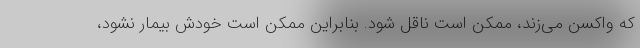
که واکسن می‌زند، ممکن است ناقل شود. بنابراین ممکن است خودش بیمار نشود،